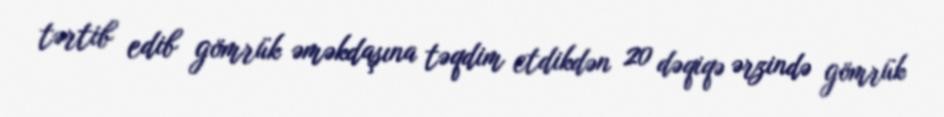
tərtib edib gömrük əməkdaşına təqdim etdikdən 20 dəqiqə ərzində gömrük